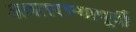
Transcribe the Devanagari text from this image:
अवतरण्यापूर्वी